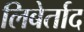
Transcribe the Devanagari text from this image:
लिबेर्ताद